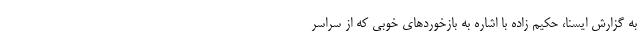
به گزارش ایسنا، حکیم زاده با اشاره به بازخوردهای خوبی که از سراسر